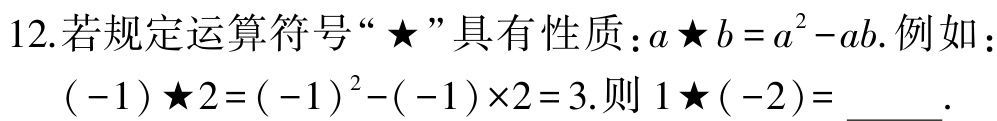
12.若规定运算符号“★”具有性质：\(a★b = a^{2}-ab\).例如：\(( - 1)★2=( - 1)^{2}-( - 1)\times2 = 3\).则\(1★( - 2)=\)______.